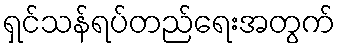
ရှင်သန်ရပ်တည်ရေးအတွက်